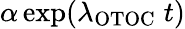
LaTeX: \alpha\exp(\lambda_{\mathrm{OTOC}}\; t)